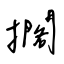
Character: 擱